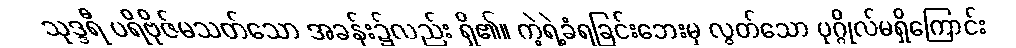
သုဒ္ဒရီ ပရိဗိုဇ်မသတ်သော အခန်း၌လည်း ရှိ၏။ ကဲ့ရဲ့ခံရခြင်းဘေးမှ လွတ်သော ပုဂ္ဂိုလ်မရှိကြောင်း